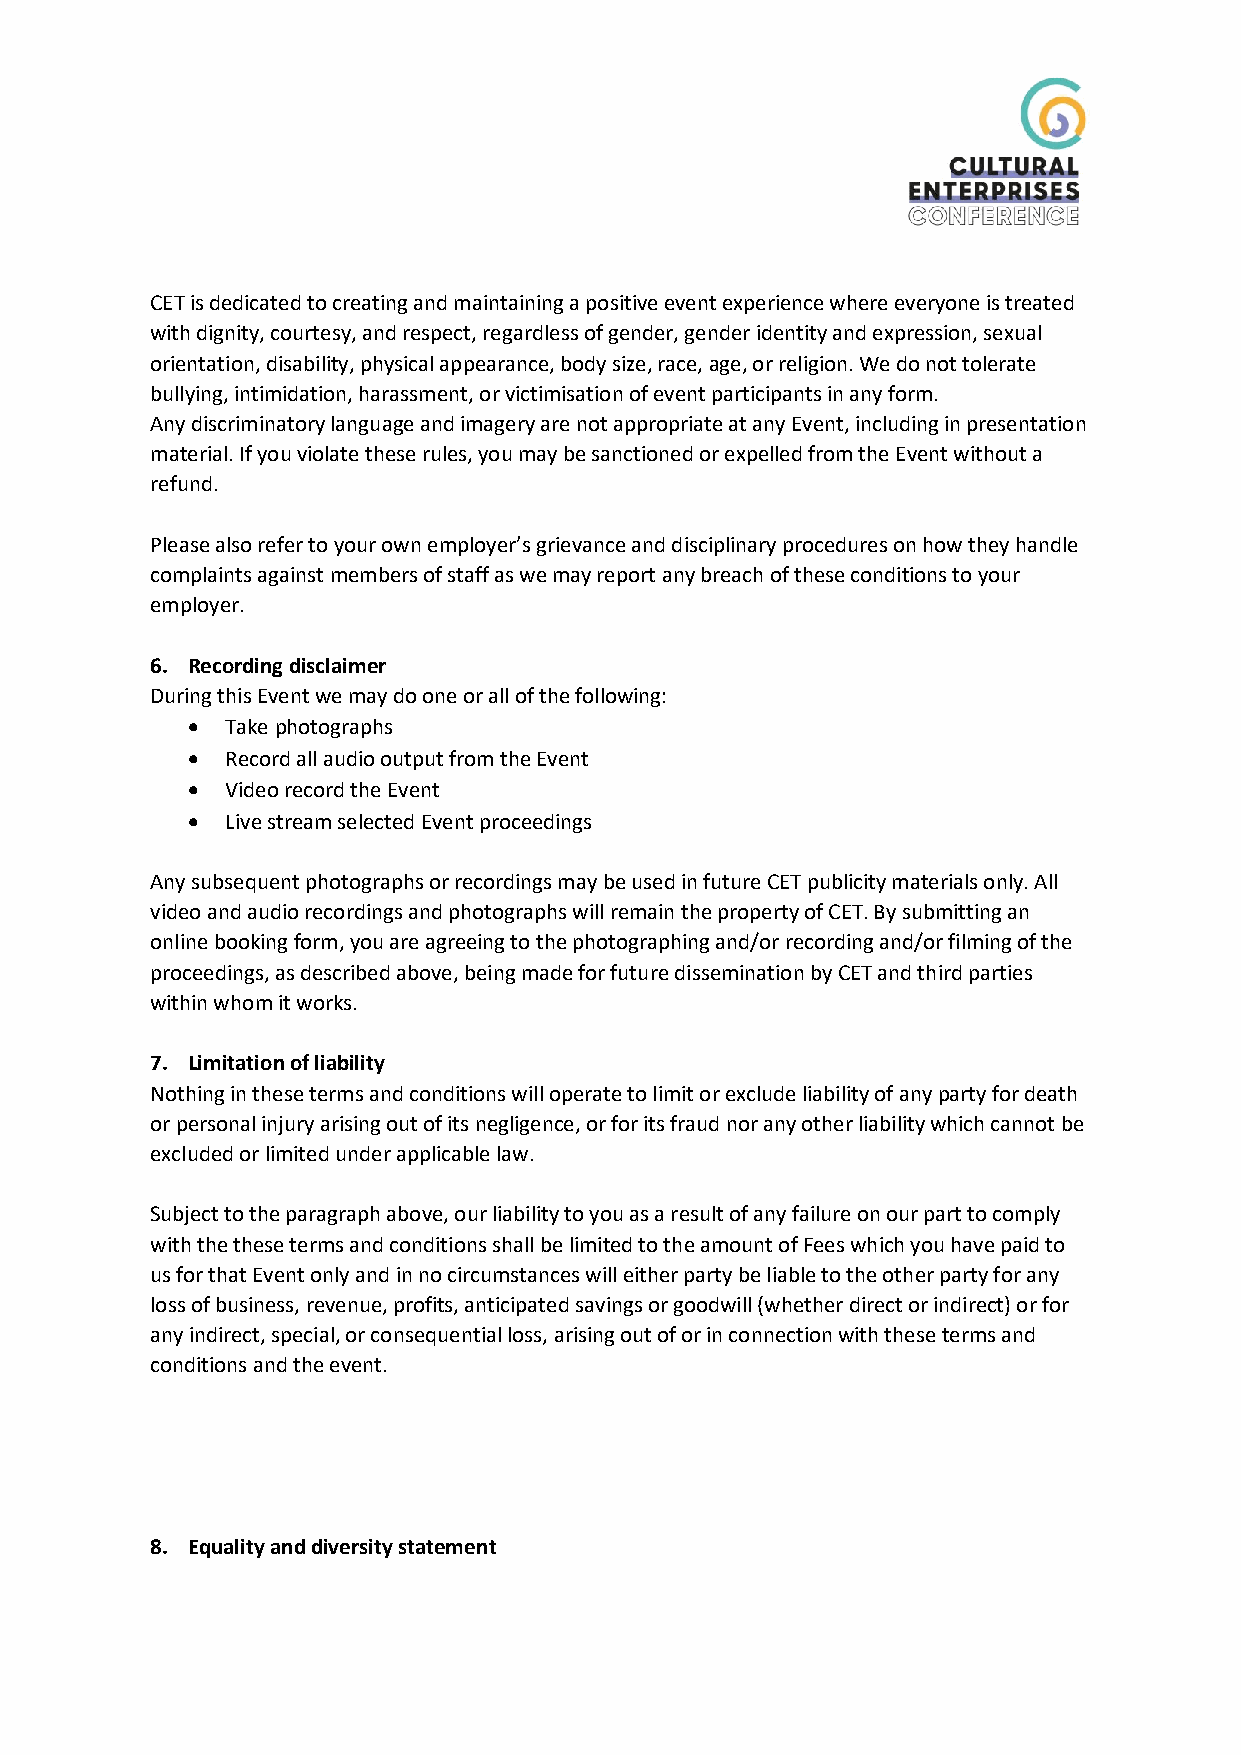
CET is dedicated to creating and maintaining a positive event experience where everyone is treated
 with dignity, courtesy, and respect, regardless of gender, gender identity and expression, sexual
 orientation, disability, physical appearance, body size, race, age, or religion. We do not tolerate
 bullying, intimidation, harassment, or victimisation of event participants in any form.
 Any discriminatory language and imagery are not appropriate at any Event, including in presentation
 material. If you violate these rules, you may be sanctioned or expelled from the Event without a
 refund.
 Please also refer to your own employer’s grievance and disciplinary procedures on how they handle
 complaints against members of staff as we may report any breach of these conditions to your
 employer.
 6. Recording disclaimer
 During this Event we may do one or all of the following:
 •  Take photographs
 •  Record all audio output from the Event
 •  Video record the Event
 •  Live stream selected Event proceedings
 Any subsequent photographs or recordings may be used in future CET publicity materials only. All
 video and audio recordings and photographs will remain the property of CET. By submitting an
 online booking form, you are agreeing to the photographing and/or recording and/or filming of the
 proceedings, as described above, being made for future dissemination by CET and third parties
 within whom it works.
 7. Limitation of liability
 Nothing in these terms and conditions will operate to limit or exclude liability of any party for death
 or personal injury arising out of its negligence, or for its fraud nor any other liability which cannot be
 excluded or limited under applicable law.
 Subject to the paragraph above, our liability to you as a result of any failure on our part to comply
 with the these terms and conditions shall be limited to the amount of Fees which you have paid to
 us for that Event only and in no circumstances will either party be liable to the other party for any
 loss of business, revenue, profits, anticipated savings or goodwill (whether direct or indirect) or for
 any indirect, special, or consequential loss, arising out of or in connection with these terms and
 conditions and the event.
 8. Equality and diversity statement